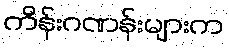
ကိန်းဂဏန်းများက